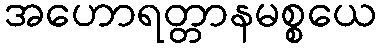
အဟောရတ္တာနမစ္စယေ